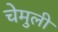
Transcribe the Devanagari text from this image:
चेमुली